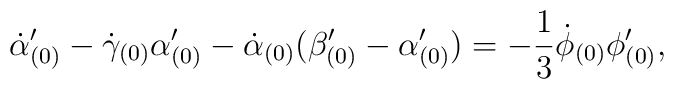
\dot{\alpha}_{(0)}^{\prime}-\dot{\gamma}_{(0)}\alpha_{(0)}^{\prime}-\dot{\alpha}_{(0)}(\beta_{(0)}^{\prime}-\alpha_{(0)}^{\prime})=-\frac{1}{3}\dot{\phi}_{(0)}\phi_{(0)}^{\prime},